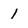
Character: 1